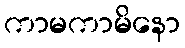
ကာမကာမိနော